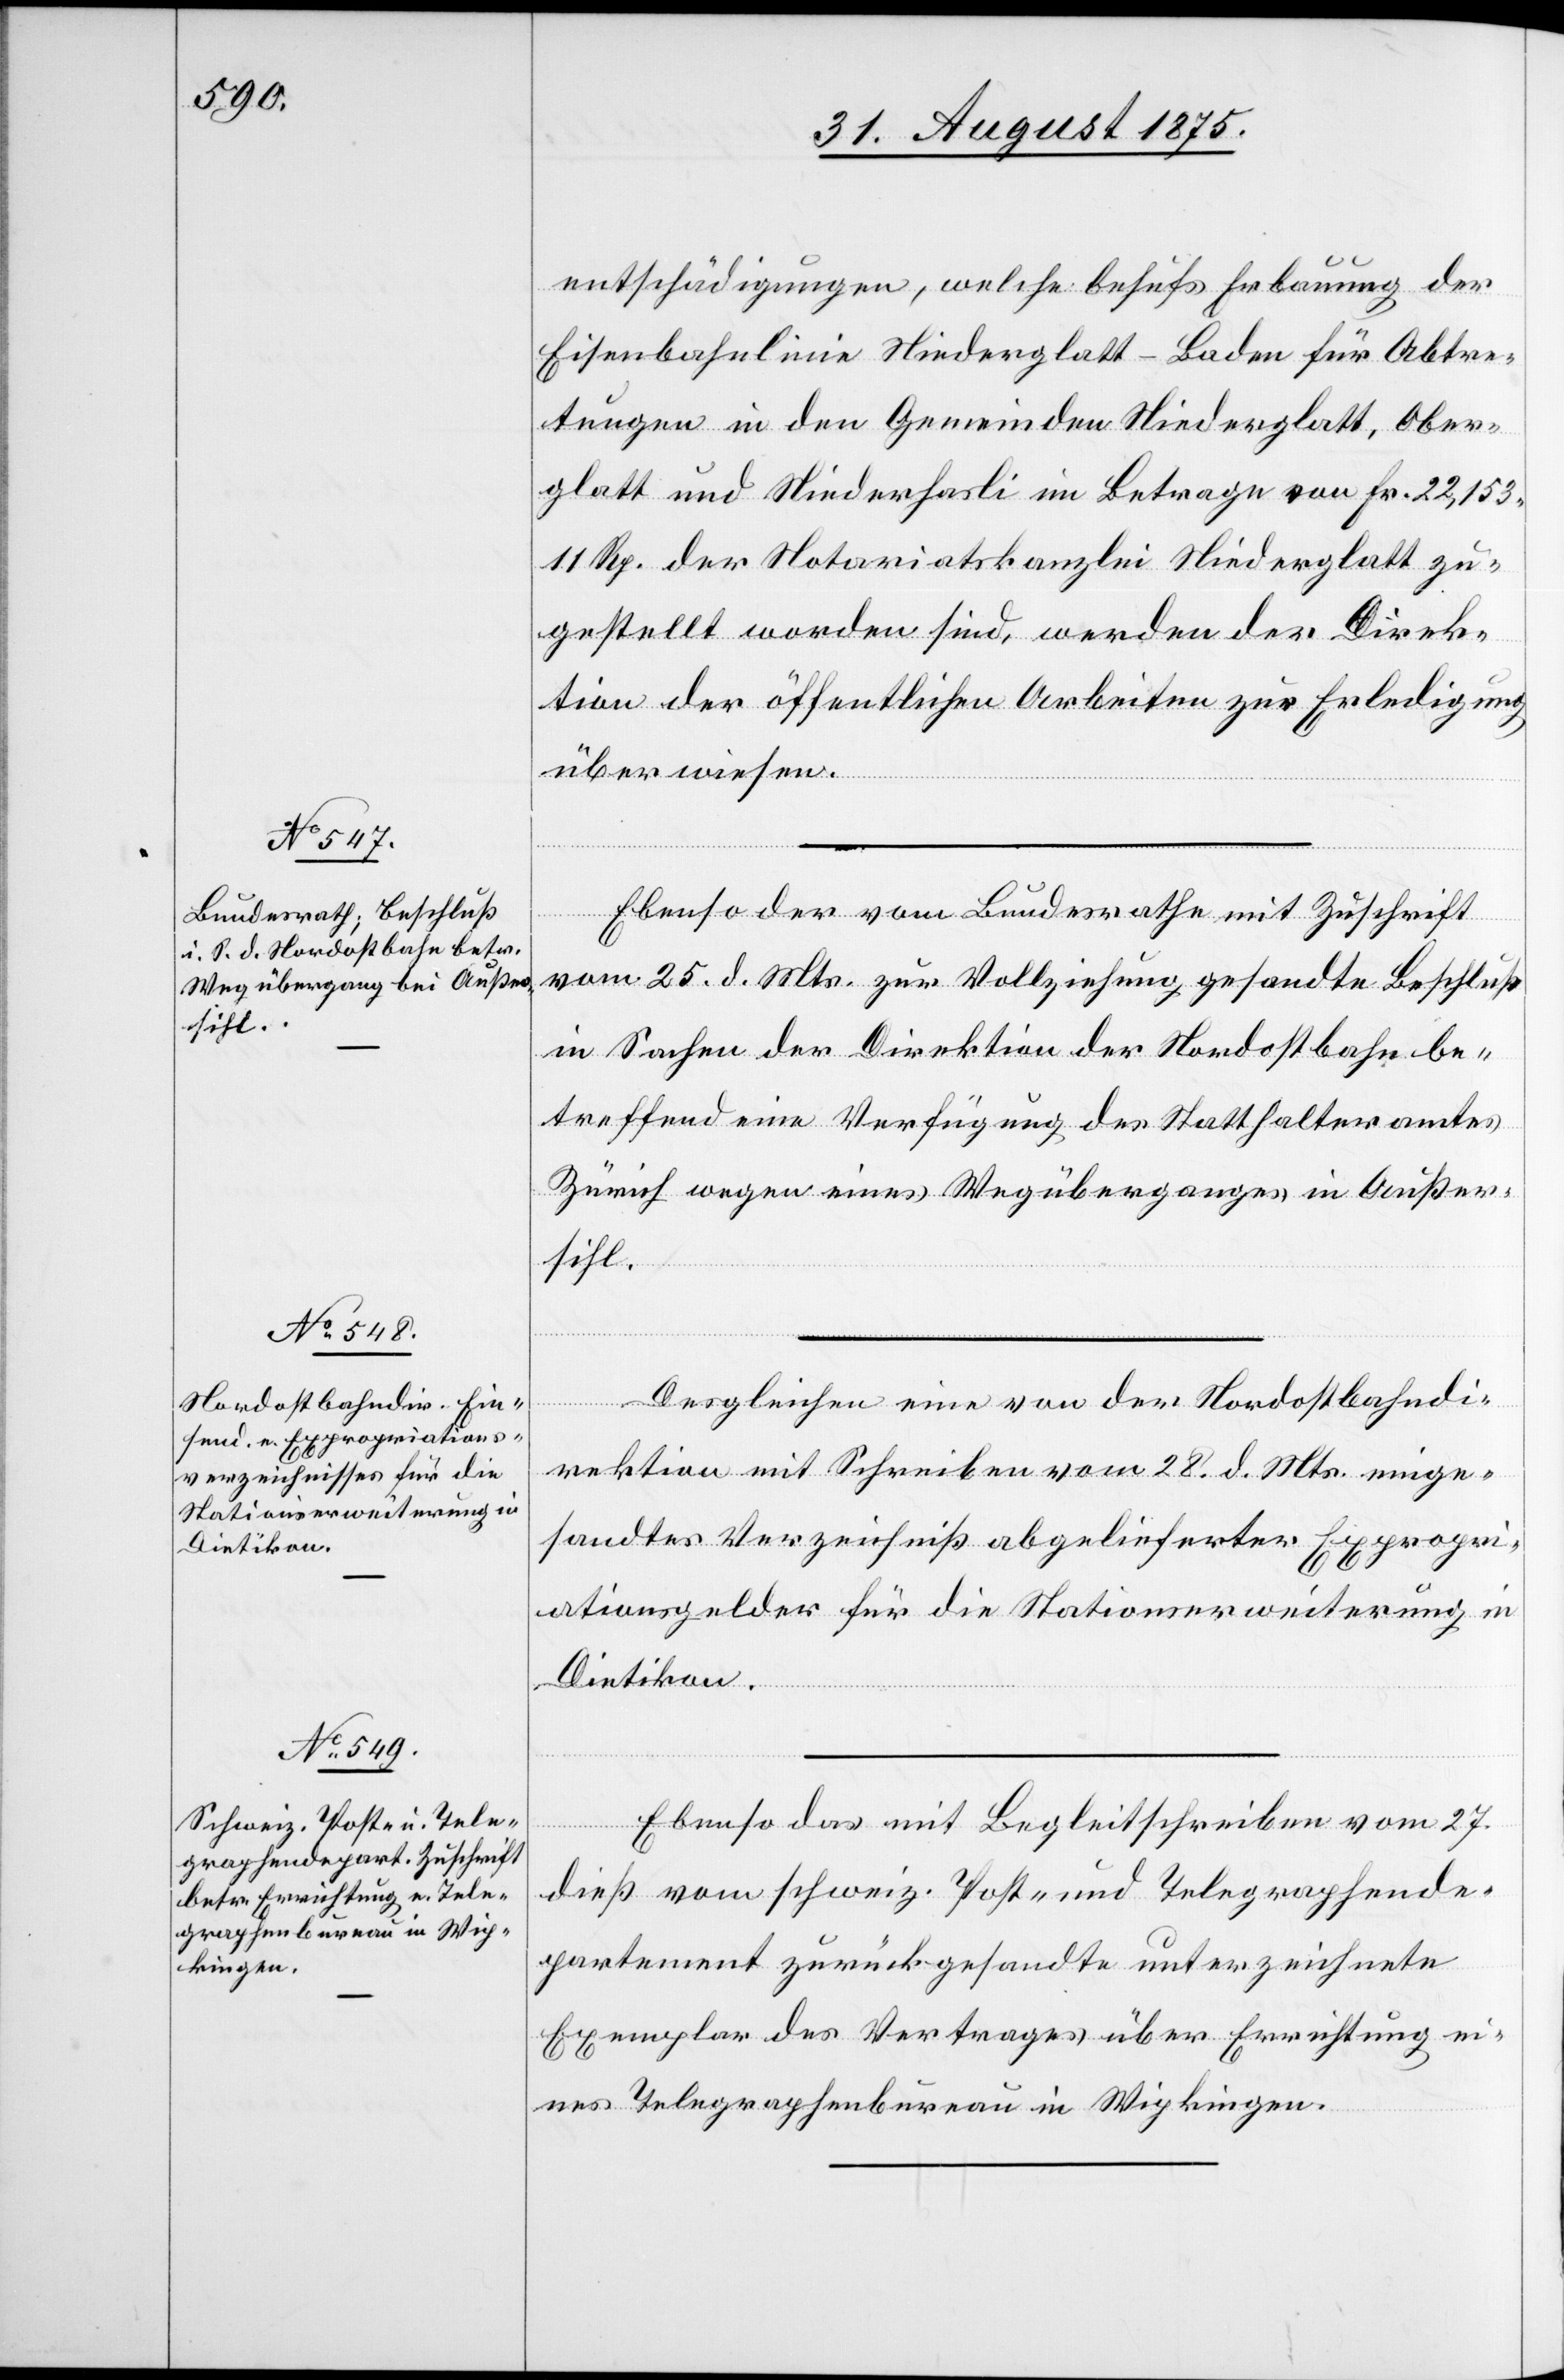
31. August 1875.]
entschädigungen, welche behufs Erbauung der
Eisenbahnlinie Niederglatt–Baden für Abtre¬
tungen in den Gemeinden Niederglatt, Ober¬
glatt und Niederhasli im Betrage von Fr. 22,153
11 Rp. der Notariatskanzlei Niederglatt zu¬
gestellt worden sind, werden der Direk¬
tion der öffentlichen Arbeiten zur Erledigung
überwiesen.
Ebenso der vom Bundesrathe mit Zuschrift
vom 25. d. Mts. zur Vollziehung gesandte Beschluß
in Sachen der Direktion der Nordostbahn be¬
treffend eine Verfügung des Statthalteramtes
Zürich wegen eines Wegüberganges in Außer¬
tbahndi¬
sihl.
rektion mit Schreiben vom 28. d. Mts. einge¬
sandtes Verzeichniß abgelieferter Expropri¬
ationsgelder für die Stationserweiterung in
Dietikon.
Ebenso das mit Begleitschreiben vom 27.
dieß vom schweiz. Post- und Telegraphende¬
partement zurückgesandte unterzeichnete
Exemplar des Vertrages über Errichtung ei¬
nes Telegraphenbureau in Wipkingen.